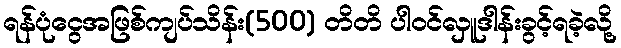
ရန်ပုံငွေအဖြစ်ကျပ်သိန်း(500) တိတိ ပါဝင်လှူဒါန်းခွင့်ရခဲ့လို့